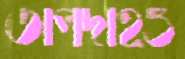
তাপদাহও